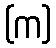
(က)